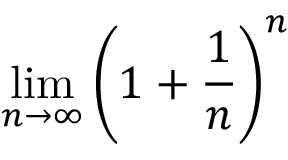
\operatorname* { l i m } _ { n \to \infty } \left( 1 + { \frac { 1 } { n } } \right) ^ { n }